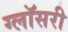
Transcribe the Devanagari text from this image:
ग्लॉसरी